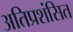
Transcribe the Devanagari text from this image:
अतिप्रशंसित